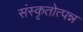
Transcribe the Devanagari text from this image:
संस्कृतोत्पन्न